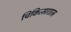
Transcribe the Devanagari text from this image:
चिकित्साशास्र